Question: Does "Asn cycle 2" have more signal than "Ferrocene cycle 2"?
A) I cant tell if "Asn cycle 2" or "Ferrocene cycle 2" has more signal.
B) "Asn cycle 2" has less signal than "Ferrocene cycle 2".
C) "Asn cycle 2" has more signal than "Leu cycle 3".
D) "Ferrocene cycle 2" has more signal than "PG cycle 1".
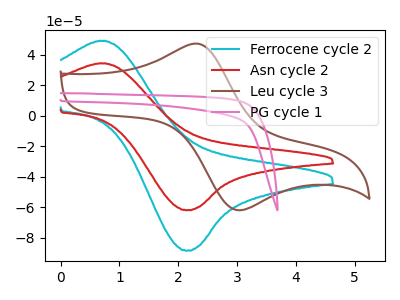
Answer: <think>The cyan curve "Ferrocene cycle 2" has an anodic peak at (0.75V, 49.05uA) and a cathodic peak at (2.15V, -88.30uA). The red curve "Asn cycle 2" has an anodic peak at (0.75V, 34.35uA) and a cathodic peak at (2.15V, -61.80uA). The brown curve "Leu cycle 3" has an anodic peak at (2.35V, 47.25uA) and a cathodic peak at (3.05V, -61.90uA). The pink curve "PG cycle 1" has no peaks.
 All the peaks in "Asn cycle 2" have a peak in "Ferrocene cycle 2" at the same potential. Every peak in "Asn cycle 2" is lower than every peak in "Ferrocene cycle 2".</think>
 <answer>B) "Asn cycle 2" has less signal than "Ferrocene cycle 2".</answer>
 <eval>B</eval>